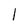
Character: l